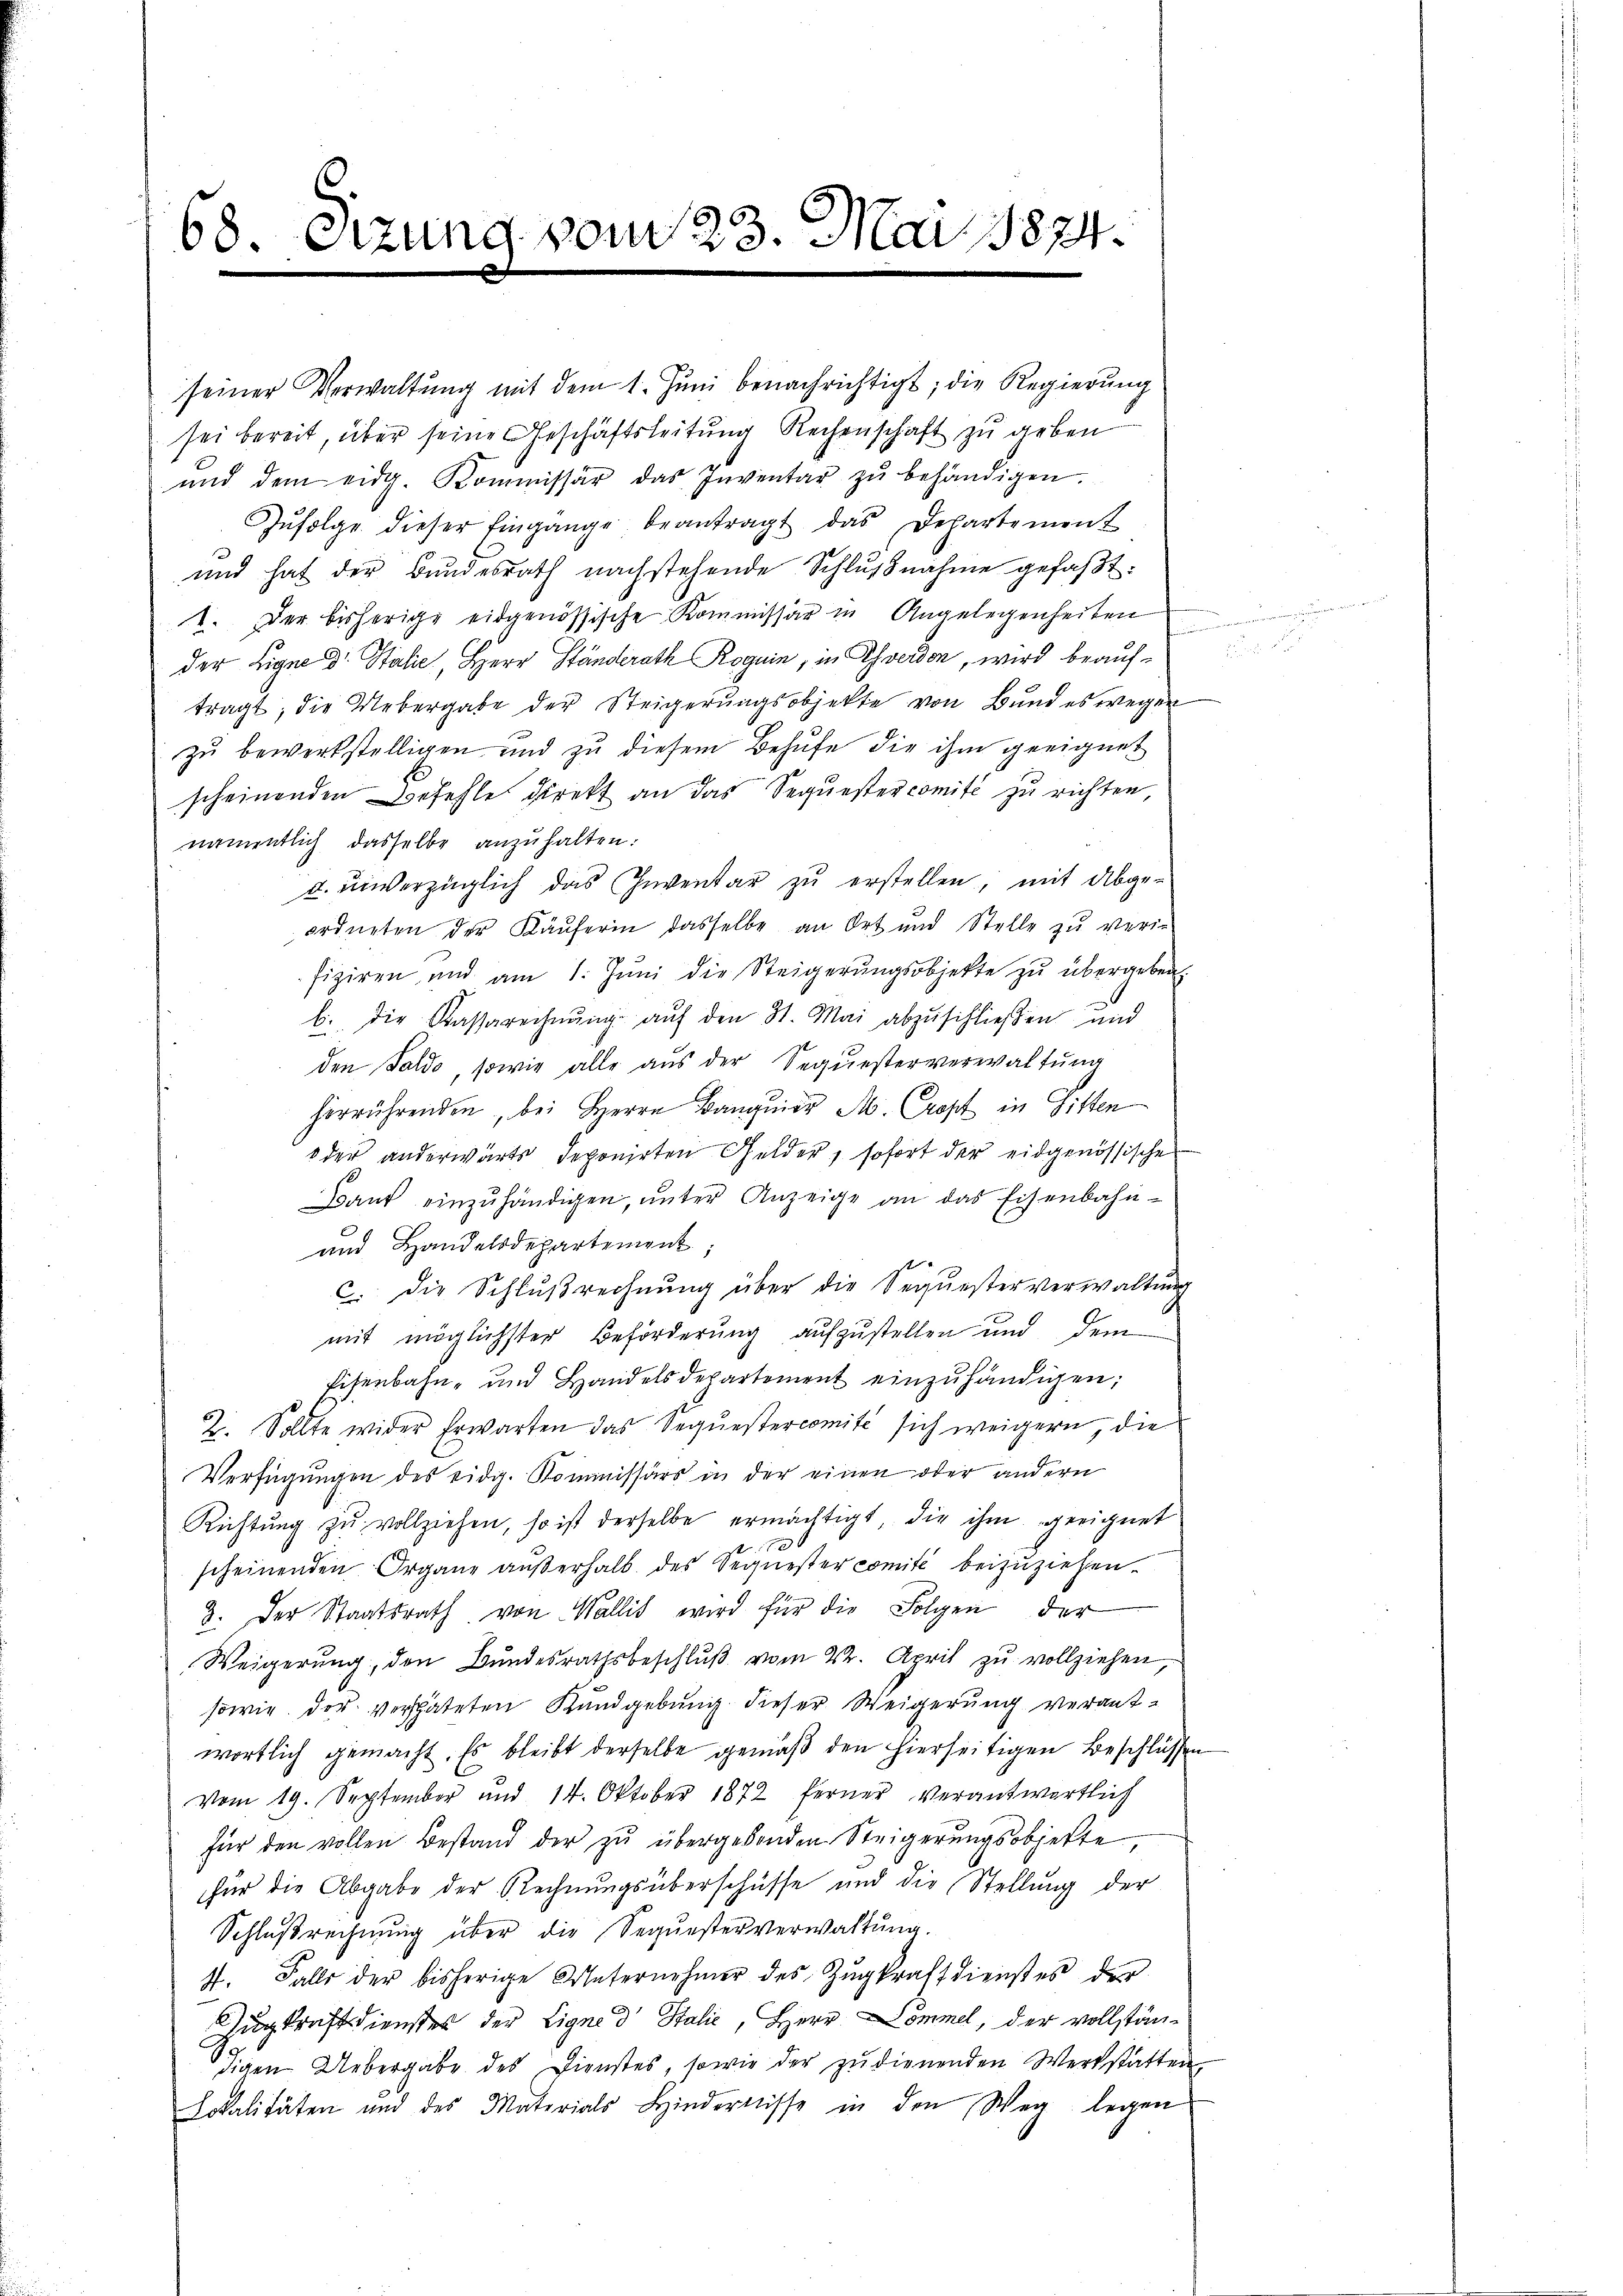
68. eizung vom 23. Mai 1874.

seiner Verwaltŭng mit dem 1. Jŭni benachrichtigt; die Regierung
sei bereit, über seine Geschäftsleitung Rechenschaft zu geben
ŭnd dem eidg. Kommissär das Inventar zŭ behändigen.
Zŭfolge dieser Eingange beantragt das Departement
und hat der Bundesrath nachstehende Schlŭβnahme gefaßt:
1. Der bisherige eidgenössische Kommissär in Angelegenheiten
der Eigne dr. Stalie, Herr Ständerath Roguin, in Yverdon, wird beauftragt, die Uebergabe der Steigerungsobjekte von Bund es wegen
zŭ bewerkstelligen und zŭ diesem Behufe die ihm geeignet
scheinenden Befehle direkt an das Sequestercomité zu richten,
namentlich dasselbe anzuhalten:
u. unverzüglich das Inventar zu erstellen, mit Abge-
ordneten der Käŭferin dasselbe an Ort und Stelle zŭ verie
fiziren, und am 1. Jŭni die Steigerŭngsobjekte zŭ übergeben.
b. die Kassarechnŭng aŭf den 31. Mai abzŭschließen und
den Faldo, sowie alle aus der Sequesterverwaltung
herrührenden, bei Herrn Banquior A. Cropt in Gitten
oder anderwärts deponirten Gelder, sofort der eidgenössischen
Baŭf einzŭhändigen, ŭnter Anzeige an das Eisenbahn-
und Handelsdepartement;
c. die Schlußrechnung über die Sequesterverwaltung
mit möglichster Beförderung aufzustellen und dem
Eisenbahn- und Handelsdepartement einzuhändigen;
2. Sollte wider Erwarten das Sequestercomité sich weigern, die
Verfügungen des eidg. Kommissärs in der einen oder andern
Richtŭng zu vollziehen, so ist derselbe ermächtigt, die ihm geeignet
scheinenden Organe aŭβerhalb des Sequester comité beizuziehen.
8. Der Staatsrath von Wallis wird für die Folgen der
Weigerung, den Bundesrathsbeschlŭβ vom 24. April zu vollziehen,
sowie der verspäteten Kundgebung dieser Weigerung verantwortlich gemacht. Es bleibt derselbe gemäß den hierseitigen Beschlüssen
Vom 19. September und 14. Oktober 1872 ferner verantwortlich
für den vollen Bestand der zŭ übergebenden Steigerŭngsobjekte
für die Abgabe der Rechnŭngsüberschüsse und die Stellung der
Schlußrechnung über die Sequesterverwaltung.
st. Falls der bisherige Unternehmer des Zŭgkraft dienstes der
Zugkraft dienstes der Eigne d Stalie, Herr Dommel, der vollständigen Uebergabe des Dienstes, sowie der zŭ dienenden Werkstatten,
Lokalitäten und des Materials Hindernisse in den Weg legen